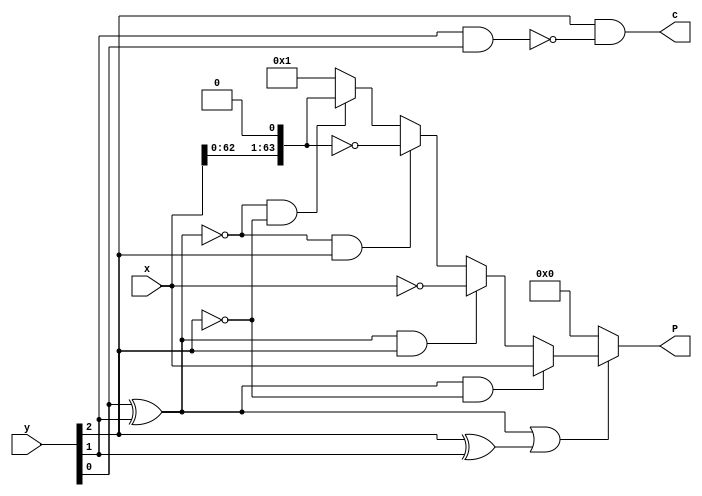
module Booth_2_bit(
	input  [63:0]	x,
	input  [2:0]	y,
	output [63:0]	P,
	output 			c
    );
	
	wire[4:0]	sel;//one hot
	wire[63:0]	not_x;
	wire[63:0]	x_2;
	wire[63:0]	not_x_2;
	
	assign sel=	{
					~(
					(y[0]^y[1])
						|
					(y[2]^y[1])	
					),//0
					
					(y[1]^y[0])
						&
					(~y[2])
					,//x
					
					(y[1]^y[0])
						&
					(y[2])
					,//~x
					
					(~(y[0]^y[1]))
						&
					y[2],//2[~x]
					
					(~(y[0]^y[1]))
						&
					(~y[2])//2x
				}; 
				
	assign not_x=~x;
	assign x_2={x[62:0],1'b0};
	assign not_x_2=~x_2;
	assign P=	sel[4]?64'b0:
				sel[3]?x:
				sel[2]?not_x:
				sel[1]?not_x_2:
				sel[0]? x_2:
				63'b1;
				
				
	assign c=y[2] & ( ~(y[1] & y[0]) );
endmodule